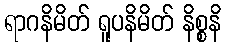
ရာဂနိမိတ် ရူပနိမိတ် နိစ္စနိ